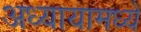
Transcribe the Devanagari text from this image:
अध्यायामध्ये